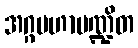
အဂ္ဂမဟာပဏ္ဍိတ